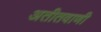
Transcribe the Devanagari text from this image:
अतीतवाणी